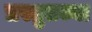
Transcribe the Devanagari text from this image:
प्रस्तुतच्या